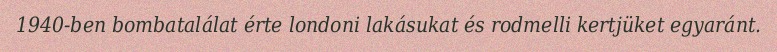
1940-ben bombatalálat érte londoni lakásukat és rodmelli kertjüket egyaránt.